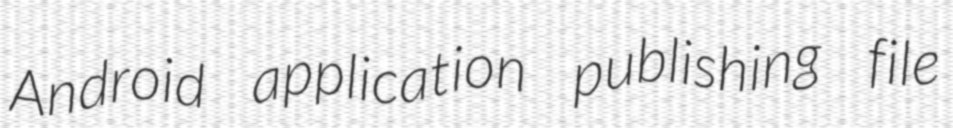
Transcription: Android application publishing file